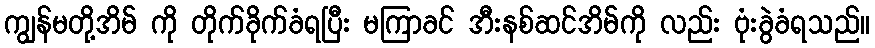
ကျွန်မတို့အိမ် ကို တိုက်ခိုက်ခံရပြီး မကြာခင် အီးနစ်ဆင်အိမ်ကို လည်း ဗုံးခွဲခံရသည်။